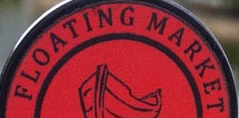
FLOATING MARKET